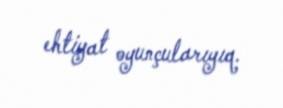
ehtiyat oyunçularıyıq.